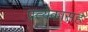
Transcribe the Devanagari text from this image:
प्रत्येकासह